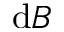
\mathrm { d } B